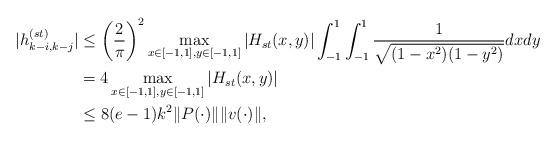
LaTeX: \begin{align*} |h^{(st)}_{k-i,k-j}|&\leq \left(\frac{2}{\pi}\right)^2\max_{x\in[-1,1],y\in[-1,1]}|H_{st}(x,y)| \int_{-1}^1 \int_{-1}^1 \frac{1}{\sqrt{(1-x^2)(1-y^2)}}dxdy\\ &=4\max_{x\in[-1,1],y\in[-1,1]}|H_{st}(x,y)|\\ &\leq 8(e-1)k^2 \|P(\cdot)\|\|v(\cdot)\|, \end{align*}